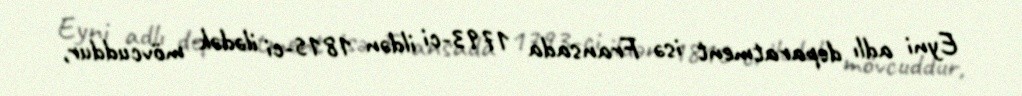
Eyni adlı deparatment isə Fransada 1793-ci ildən 1815-ci ilədək mövcuddur,